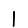
Digit: 1